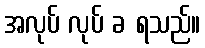
အလုပ် လုပ် ခ ရသည်။